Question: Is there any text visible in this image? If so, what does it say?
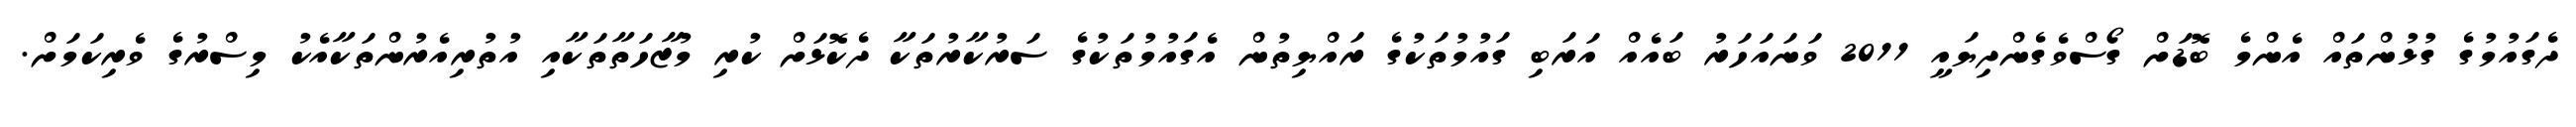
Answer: ދެގައުމުގެ ގުޅުންތައް އެންމެ ބޮޑަށް ގޯސްވެގެންދިޔައީ 2011 ވަނައަހަރު ބައެއް އަރަބި ގައުމުތަކުގެ ރައްޔިތުން އެގައުމުތަކުގެ ސަރުކާރުތަކާ ދެކޮޅަށް ކުރި މުޒާހަތާތަކާއި އުތުރިއެރުންތަކާއެކު މިސްރުގެ ވެރިކަމަށް.